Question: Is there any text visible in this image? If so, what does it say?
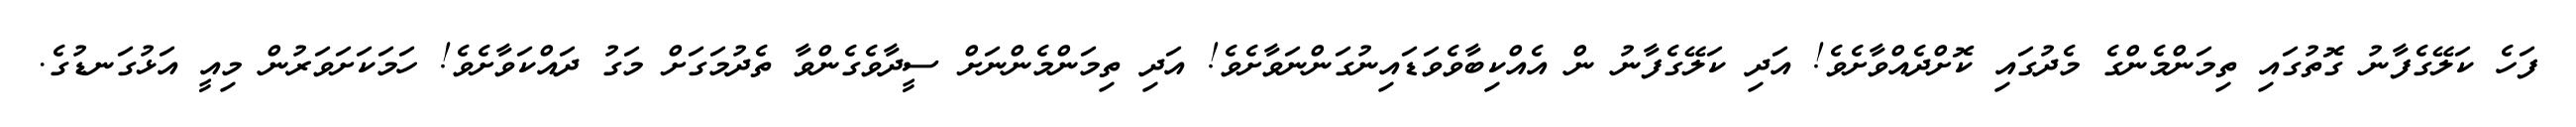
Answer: ފަހެ ކަލޭގެފާނު ގޮތުގައި ތިމަންމެންގެ މެދުގައި ކޮށްދެއްވާށެވެ! އަދި ކަލޭގެފާނު ން އެއްކިބާވެވަޑައިނުގަންނަވާށެވެ! އަދި ތިމަންމެންނަށް ސީދާވެގެންވާ ތެދުމަގަށް މަގު ދައްކަވާށެވެ! ހަމަކަށަވަރުން މިއީ އަޅުގަނޑުގެ.